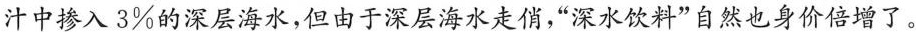
汁中掺入3\%的深层海水，但由于深层海水走俏，”深水饮料”自然也身价倍增了。